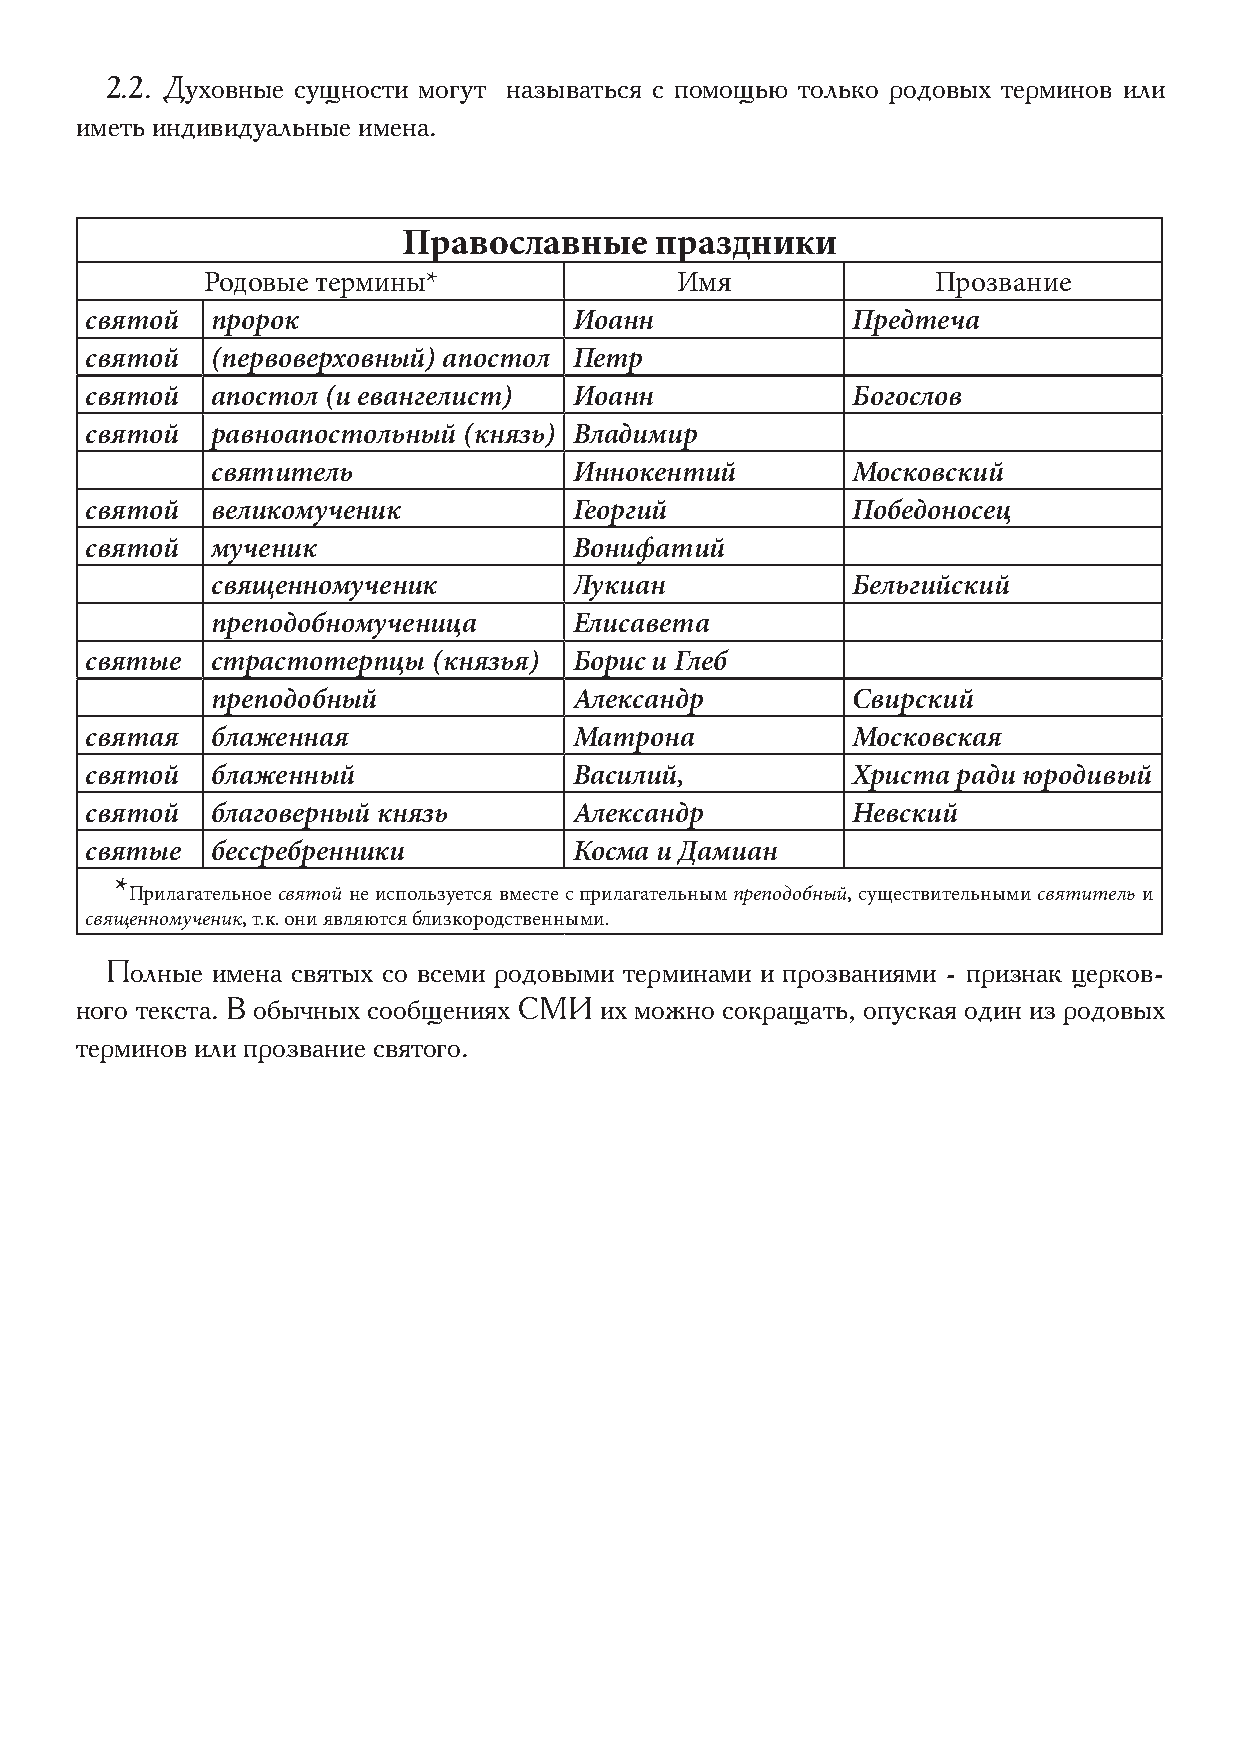
2.2. Духовные сущности могут называться с помощью только родовых терминов или
 иметь индивидуальные имена.
 Православные    праздники
 Родовые термины*                Имя              Прозвание
 святой  пророк                  Иоанн             Предтеча
 святой  (первоверховный) апостол Петр
 святой  апостол (и евангелист)  Иоанн             Богослов
 святой  равноапостольный (князь) Владимир
 святитель               Иннокентий        Московский
 святой  великомученик           Георгий           Победоносец
 святой  мученик                 Вонифатий
 священномученик         Лукиан            Бельгийский
 преподобномученица      Елисавета
 святые  страстотерпцы  (князья) Борис и Глеб
 преподобный             Александр         Свирский
 святая  блаженная               Матрона           Московская
 святой  блаженный               Василий,          Христа ради юродивый
 святой  благоверный князь       Александр         Невский
 святые  бессребренники          Косма и Дамиан
 *
 Прилагательное святой не используется вместе с прилагательным преподобный, существительными святитель и
 священномученик, т.к. они являются близкородственными.
 Полные имена святых со всеми родовыми терминами и прозваниями - признак церков-
 ного текста. В обычных сообщениях СМИ их можно сокращать, опуская один из родовых
 терминов или прозвание святого.